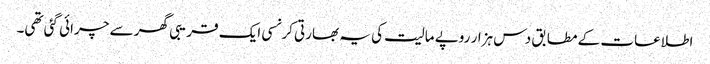
اطلاعات کے مطابق دس ہزار روپے مالیت کی یہ بھارتی کرنسی ایک قریبی گھر سے چرائی گئی تھی۔